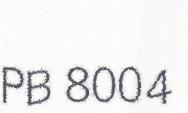
PB 8004